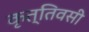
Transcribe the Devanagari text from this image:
कृत्तिवसी